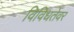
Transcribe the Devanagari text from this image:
विविधतेवर